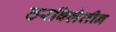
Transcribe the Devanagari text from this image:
ठरविलेतीन